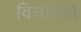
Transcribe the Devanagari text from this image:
विचाराले